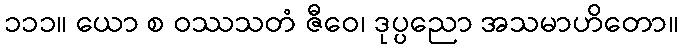
၁၁၁။ ယော စ ဝဿသတံ ဇီဝေ၊ ဒုပ္ပညော အသမာဟိတော။